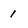
Character: 1